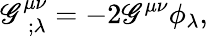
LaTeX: \mathscr{G}_{~~;\lambda}^{\mu\nu}=-2\mathscr{G}^{\mu\nu}\phi_{\lambda},